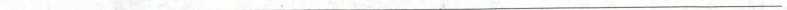
___